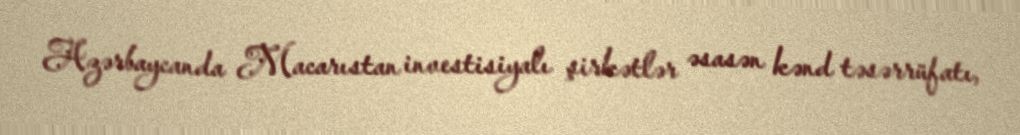
Azərbaycanda Macarıstan investisiyalı şirkətlər əsasən kənd təsərrüfatı,